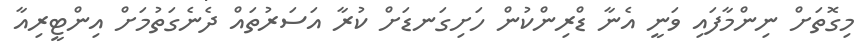
މިގޮތަށް ނިންމާފައި ވަނީ އެނާ ޑްރިންކުން ހަށިގަނޑަށް ކުރާ އަސަރުތައް ދެނެގަތުމަށް އިންޓީރިއާ